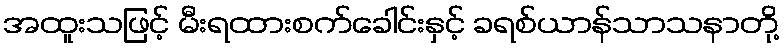
အထူးသဖြင့် မီးရထားစက်ခေါင်းနှင့် ခရစ်ယာန်သာသနာတို့